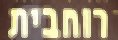
רוחבית